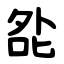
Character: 夞